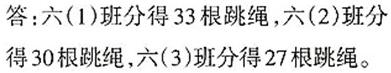
答：六(1)班分得33根跳绳,六(2)班分得30根跳绳,六(3)班分得27根跳绳。